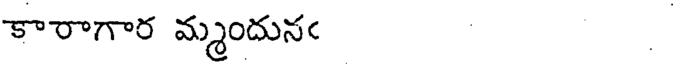
కారాగార మ్మందునఁ